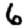
Digit: 6